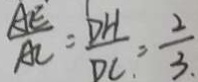
\frac { A E } { A C } = \frac { D H } { D C } = \frac { 2 } { 3 . }